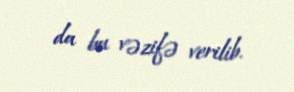
da bu vəzifə verilib.